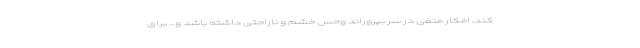
کند، افکار منفی در سر بپروراند وحس خشم و ناراحتی داشته باشد و... برای